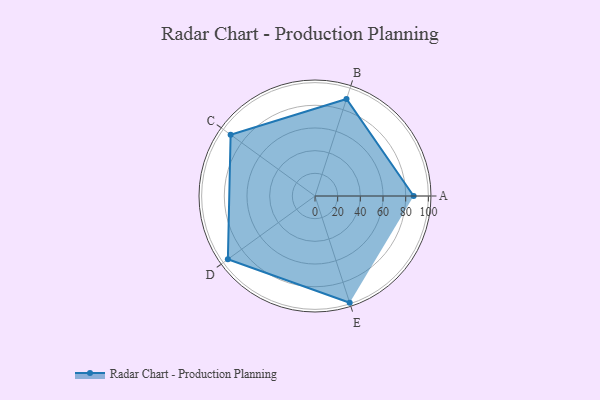
{"axis": {"x": "Skill", "y": "Score"}, "legend": ["Profile"], "data": [{"x": "A", "y": 87.0, "type": "Profile"}, {"x": "B", "y": 90.0, "type": "Profile"}, {"x": "C", "y": 92.0, "type": "Profile"}, {"x": "D", "y": 95.0, "type": "Profile"}, {"x": "E", "y": 99.0, "type": "Profile"}]}